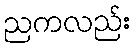
ညကလည်း